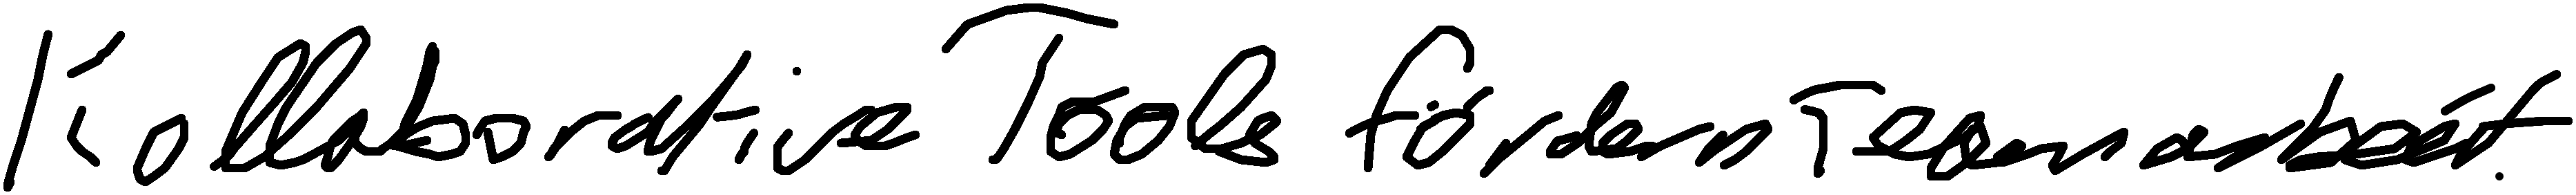
Kollaborative Tools fördern Teamarbeit.